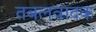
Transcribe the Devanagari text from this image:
तबलवादक